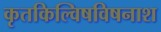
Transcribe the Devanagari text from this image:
कृतकिल्विषविषनाश